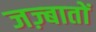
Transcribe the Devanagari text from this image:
जज़्बातों